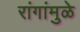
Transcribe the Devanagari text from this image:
रांगांमुळे